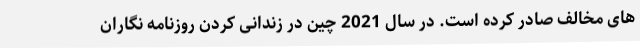
های مخالف صادر کرده است. در سال 2021 چین در زندانی کردن روزنامه نگاران